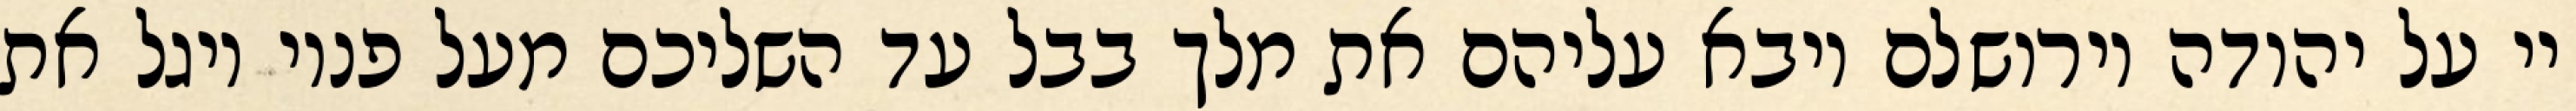
יי על יהודה וירושלם ויבא עליהם את מלך בבל עד השליכם מעל פניו ויגל את